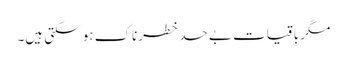
مگر باقیات بے حد خطرناک ہو سکتی ہیں۔